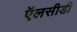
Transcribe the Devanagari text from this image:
ऍलसीडी